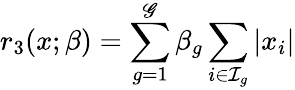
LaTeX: r_{3}(x;\beta)=\sum_{g=1}^{\mathscr{G}}\beta_{g}\sum_{i\in\mathcal{{I}}_{g}}|x_{i}|